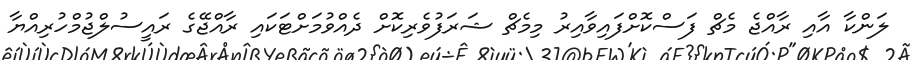
ލަންކާ އާއި ރާއްޖެ މެޗް ފަސްކޮށްފައިވާއިރު މިމެޗް ޝަރަފުވެރިކޮށް ދެއްވުމަށްޓަކައި ރާއްޖޭގެ ރައީސުލްޖުމްހުރިއްޔާ